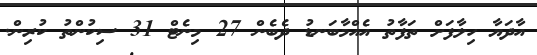
އާދަޔާ ހިލާފަށް ތަފާތު އެއްމާބަނޑު ދެބެން 27 މިނެޓް 31 ސިކުންތު ކުރިން.